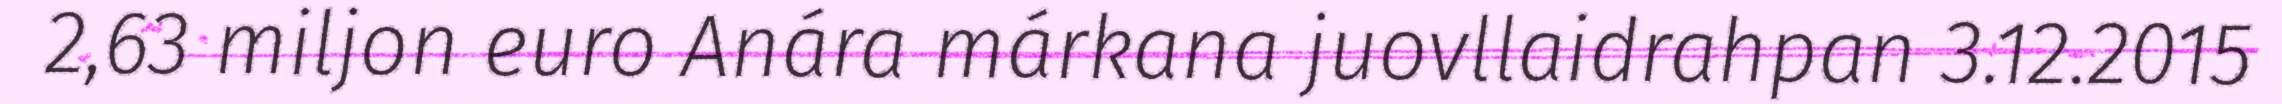
2,63 miljon euro Anára márkana juovllaidrahpan 3.12.2015